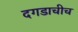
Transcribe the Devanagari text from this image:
दगडाचीच